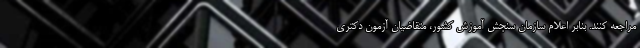
مراجعه کنند. بنابر اعلام سازمان سنجش آموزش کشور، متقاضیان آزمون دکتری